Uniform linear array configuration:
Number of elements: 12
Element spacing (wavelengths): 0.5
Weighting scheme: blackman
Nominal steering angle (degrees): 60
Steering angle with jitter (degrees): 60.685
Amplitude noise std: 0.05
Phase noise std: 0.05

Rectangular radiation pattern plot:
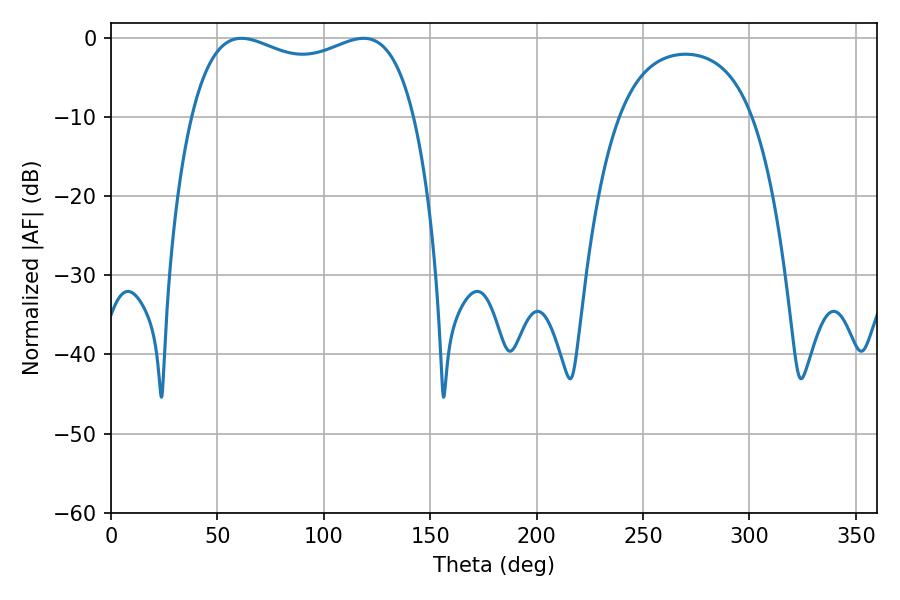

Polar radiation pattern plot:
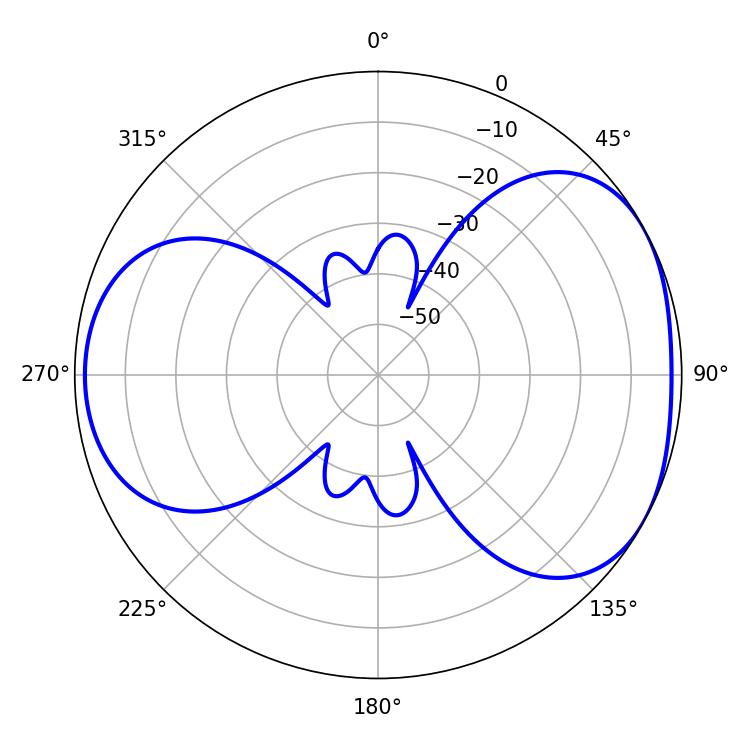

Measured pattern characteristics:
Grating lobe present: FALSE
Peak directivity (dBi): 4.514
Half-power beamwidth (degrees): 86.4
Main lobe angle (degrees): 61.38